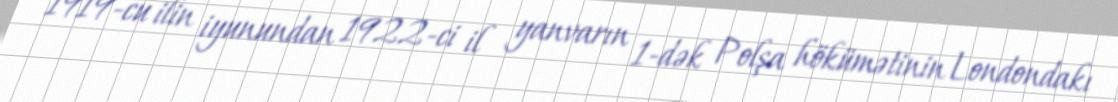
1919-cu ilin iyunundan 1922-ci il yanvarın 1-dək Polşa hökümətinin Londondakı